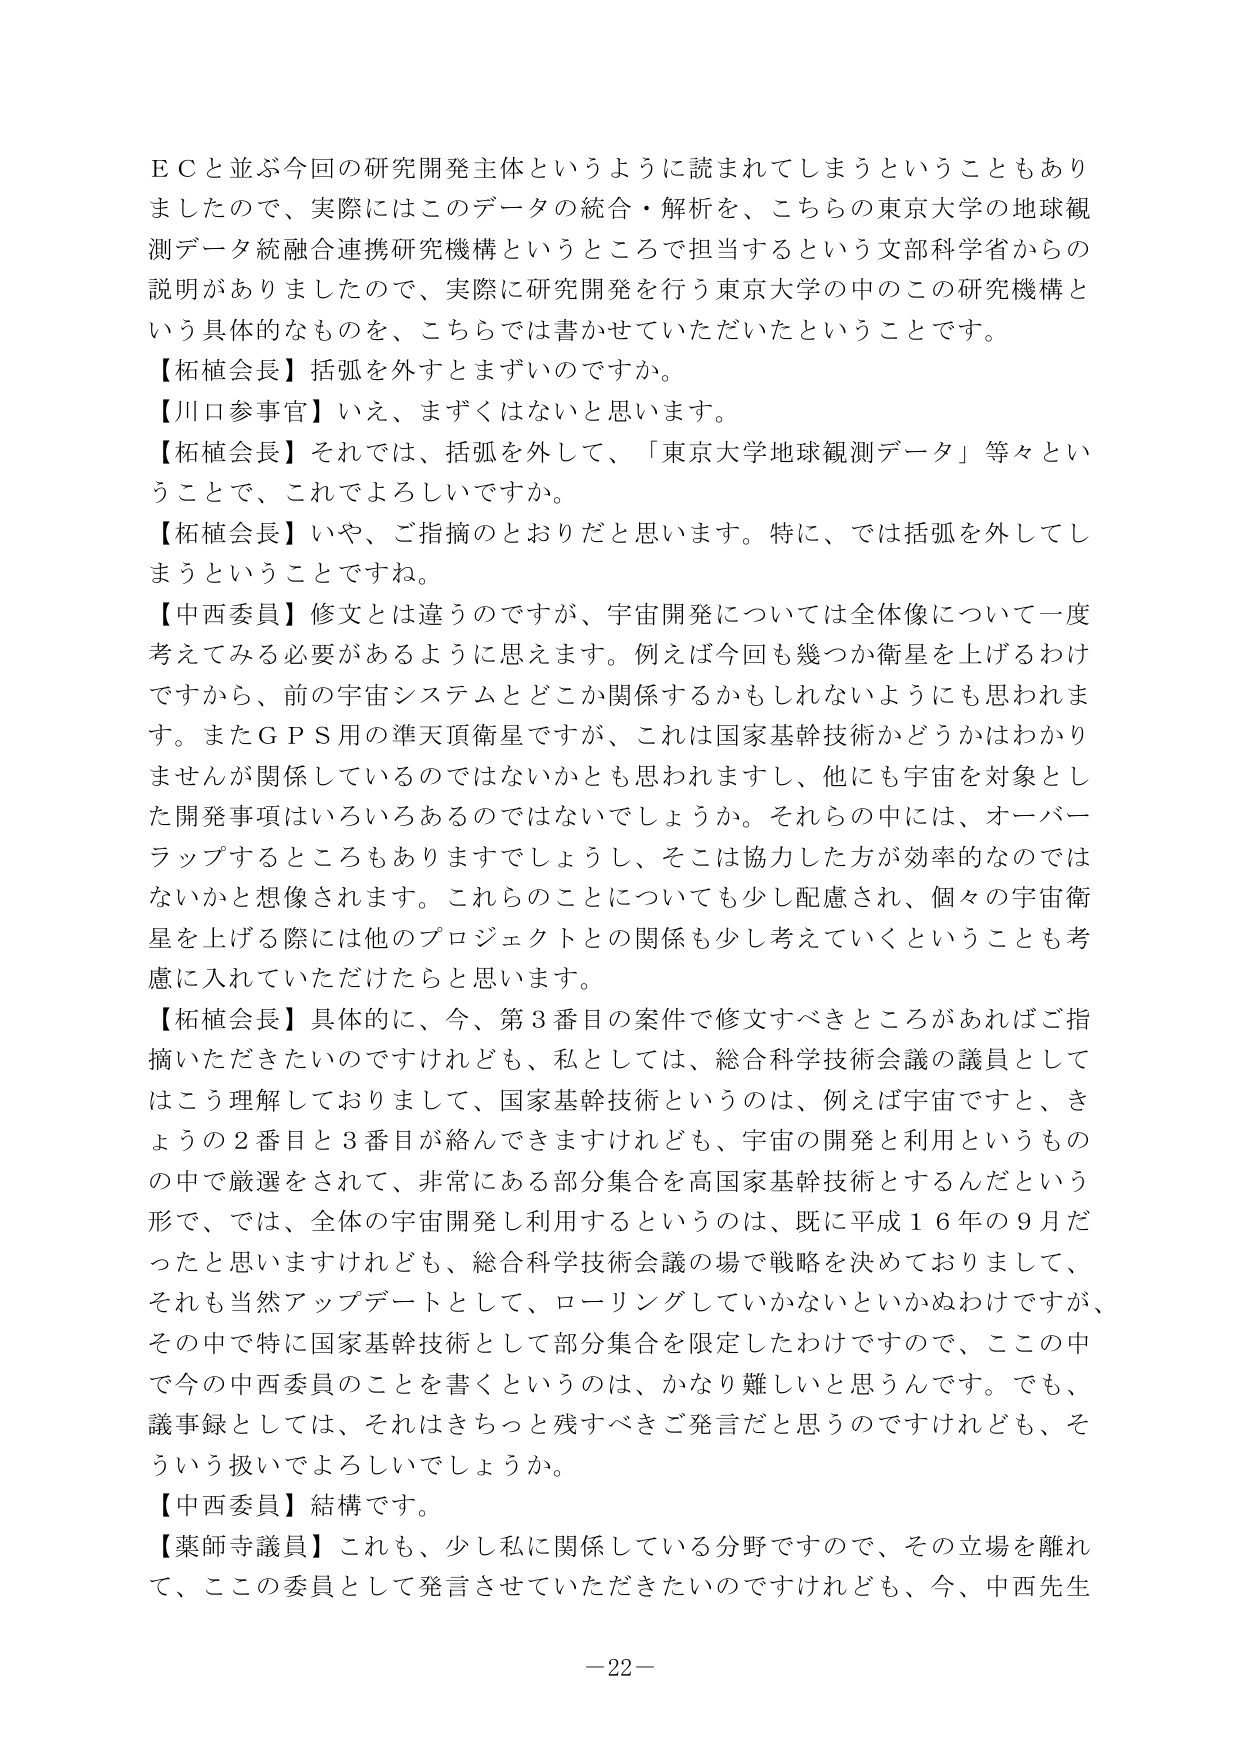
ＥＣと並ぶ今回の研究開発主体というように読まれてしまうということもありましたので、実際にはこのデータの統合・解析を、こちらの東京大学の地球観測データ統融合連携研究機構というところで担当するという文部科学省からの説明がありましたので、実際に研究開発を行う東京大学の中のこの研究機構という具体的なものを、こちらでは書かせていただいたということです。

【柘植会長】括弧を外すとまずいのですか。

【川口参事官】いえ、まずくはないと思います。

【柘植会長】それでは、括弧を外して、「東京大学地球観測データ」等々ということで、これでよろしいですか。

【柘植会長】いや、ご指摘のとおりだと思います。特に、では括弧を外してしまうということですね。

【中西委員】修文とは違うのですが、宇宙開発については全体像について一度考えてみる必要があるように思えます。例えば今回も幾つか衛星を上げるわけですから、前の宇宙システムとどこか関係するかもしれないようにも思われます。またＧＰＳ用の準天頂衛星ですが、これは国家基幹技術かどうかはわかりませんが関係しているのではないかとも思われますし、他にも宇宙を対象とした開発事項はいろいろあるのではないでしょうか。それらの中には、オーバーラップするところもありますでしょうし、そこは協力した方が効率的なのではないかと想像されます。これらのことについても少し配慮され、個々の宇宙衛星を上げる際には他のプロジェクトとの関係も少し考えていくということも考慮に入れていただけたらと思います。

【柘植会長】具体的に、今、第３番目の案件で修文すべきところがあればご指摘いただきたいのですけれども、私としては、総合科学技術会議の議員としてはこう理解しておりまして、国家基幹技術というのは、例えば宇宙ですと、きょうの２番目と３番目が絡んできますけれども、宇宙の開発と利用というものの中で厳選をされて、非常にあら部分集合を高国家基幹技術とするんだという形で、では、全体の宇宙開発し利用するというのは、既に平成１６年の９月だったと思いますけれども、総合科学技術会議の場で戦略を決めておりまして、それも当然アップデートとして、ローリングしていかないといかぬわけですが、その中で特に国家基幹技術として部分集合を限定したわけですので、ここの中で今の中西委員のことを書くというのは、かなり難しいと思うんです。でも、議事録としては、それはきちっと残すべきご発言だと思うのですけれども、そういう扱いでよろしいでしょうか。

【中西委員】結構です。

【薬師寺議員】これも、少し私に関係している分野ですので、その立場を離れて、この委員として発言させていただきたいのですけれども、今、中西先生

－22－